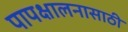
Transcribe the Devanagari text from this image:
पापक्षालनासाठी